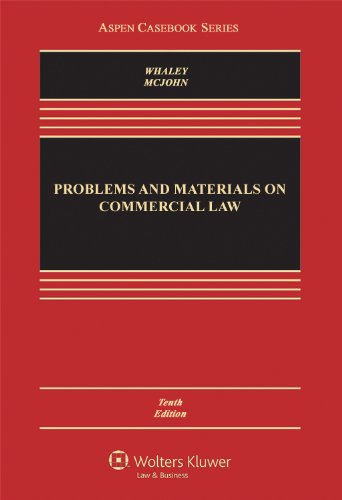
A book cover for Problems and Materials on Commercial Law, Tenth Edition (Aspen Casebook); Douglas J. Whaley; Law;